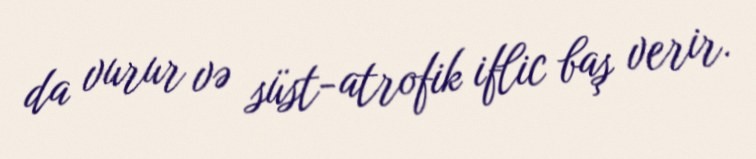
da vurur və süst-atrofik iflic baş verir.